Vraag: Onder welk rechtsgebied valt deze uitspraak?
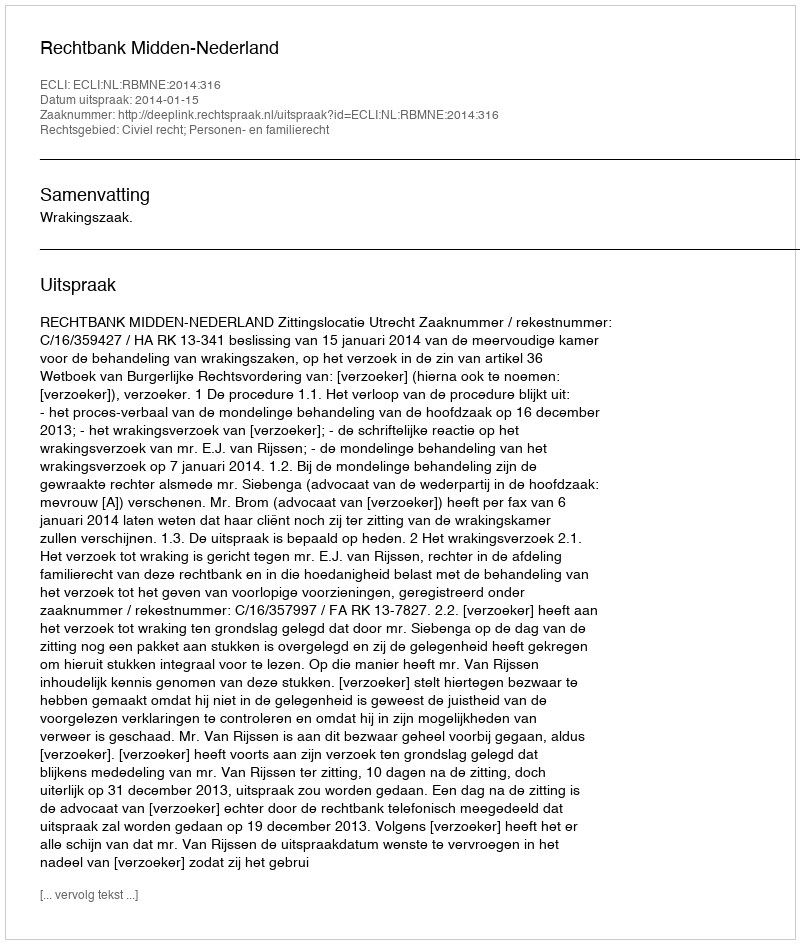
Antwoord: Civiel recht; Personen- en familierecht